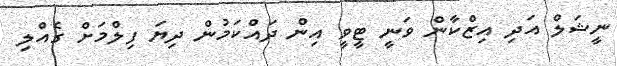
ނީޝަލް އަދި އިޒްކާން ވަނީ ޓީވީ އިން ދައްކަމުން ދިޔަ ފިލްމަށް ގެއްލި